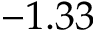
- 1 . 3 3